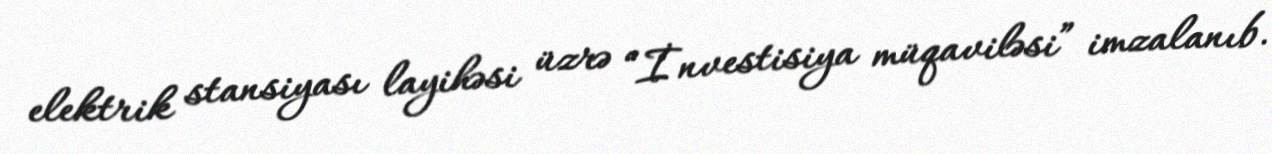
elektrik stansiyası layihəsi üzrə “İnvestisiya müqaviləsi” imzalanıb.